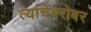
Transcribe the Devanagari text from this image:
त्यांचेबरोबर